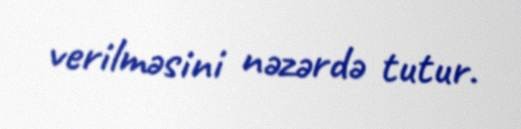
verilməsini nəzərdə tutur.